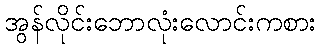
အွန်လိုင်းဘောလုံးလောင်းကစား